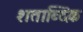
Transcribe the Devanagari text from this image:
शताब्दिक